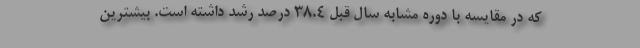
که در مقایسه با دوره مشابه سال قبل 38.4 درصد رشد داشته است. بیشترین